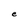
Character: e